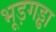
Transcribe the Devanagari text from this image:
भूड़गड्ढा